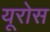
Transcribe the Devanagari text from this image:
यूरोस